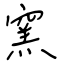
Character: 窯